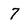
Character: 7